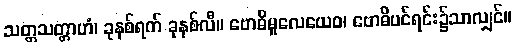
သတ္တသတ္တာဟံ၊ ခုနစ်ရက် ခုနစ်လီ။ ဗောဓိမူလေယေဝ၊ ဗောဓိပင်ရင်း၌သာလျှင်။